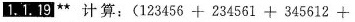
1.1.19 计算： $$( 1 2 3 4 5 6 + 2 3 4 5 6 1 + 3 4 5 6 1 2 +